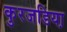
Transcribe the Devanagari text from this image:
कुरजडिया़